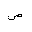
Letter: _dad